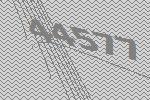
44577